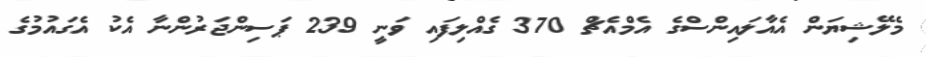
މެލޭޝިޔަން އެއާލައިންސްގެ އެމްއެޗް 370 ގެއްލިފައި ވަނީ 239 ޕަސިންޖަރުންނާ އެކު އެގައުމުގެ